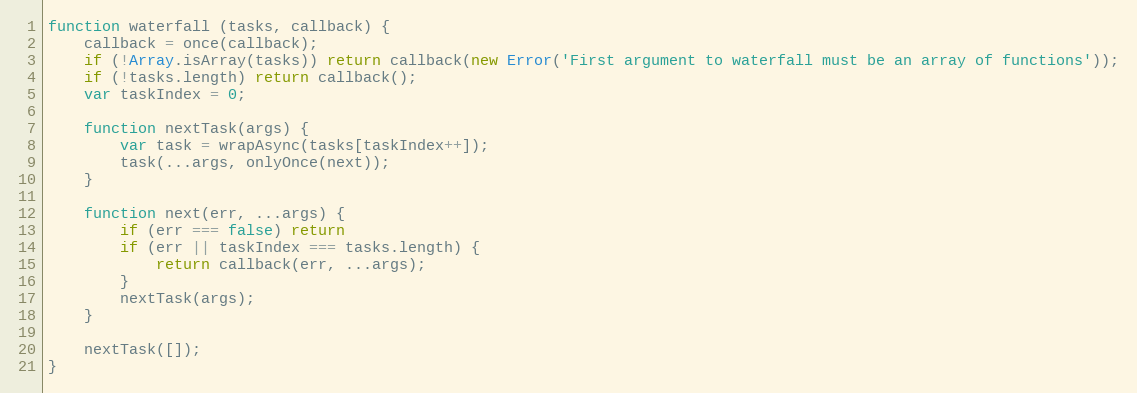
Language: JavaScript
function waterfall (tasks, callback) {
    callback = once(callback);
    if (!Array.isArray(tasks)) return callback(new Error('First argument to waterfall must be an array of functions'));
    if (!tasks.length) return callback();
    var taskIndex = 0;

    function nextTask(args) {
        var task = wrapAsync(tasks[taskIndex++]);
        task(...args, onlyOnce(next));
    }

    function next(err, ...args) {
        if (err === false) return
        if (err || taskIndex === tasks.length) {
            return callback(err, ...args);
        }
        nextTask(args);
    }

    nextTask([]);
}